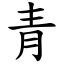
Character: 青